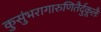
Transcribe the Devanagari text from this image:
कुसुंभरागारुणितैर्दुकूलैः